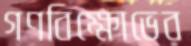
গণবিক্ষোভের